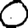
Digit: 0